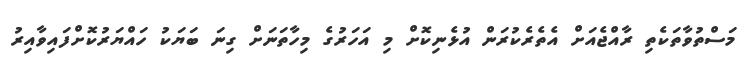
މަސްތުވާތަކެތި ރާއްޖެއަށް އެތެރެކުރަން އުޅެނިކޮށް މި އަހަރުގެ މިހާތަނަށް ގިނަ ބަޔަކު ހައްޔަރުކޮށްފައިވާއިރު